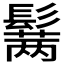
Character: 𱆆